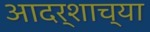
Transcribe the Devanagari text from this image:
आदर्शाच्‍या